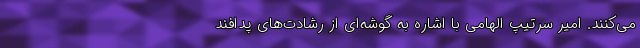
می‌کنند. امیر سرتیپ الهامی با اشاره به گوشه‌ای از رشادت‌های پدافند